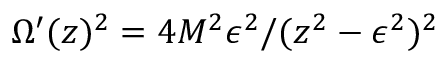
\Omega ^ { \prime } ( z ) ^ { 2 } = 4 M ^ { 2 } \epsilon ^ { 2 } / ( z ^ { 2 } - \epsilon ^ { 2 } ) ^ { 2 }